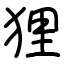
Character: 狸